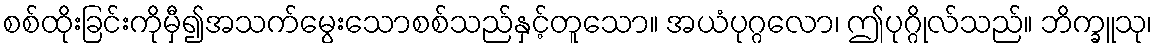
စစ်ထိုးခြင်းကိုမှီ၍အသက်မွေးသောစစ်သည်နှင့်တူသော။ အယံပုဂ္ဂလော၊ ဤပုဂ္ဂိုလ်သည်။ ဘိက္ခူသု၊